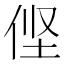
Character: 㑠